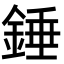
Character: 錘